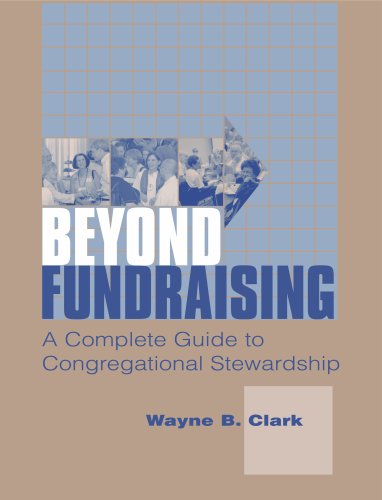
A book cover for Beyond Fundraising: The Complete Guide to Congregational Stewardship; Wayne B. Clark; Religion & Spirituality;